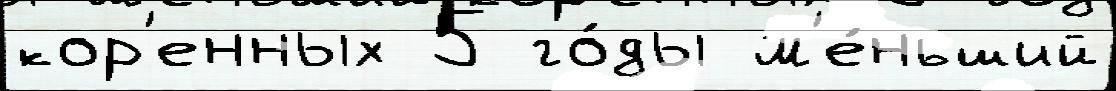
кор'енных 5 го́ды м'е́ньший